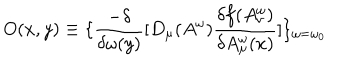
O ( x , y ) \equiv \{ \frac { - \delta } { \delta \omega ( y ) } [ D _ { \mu } ( A ^ { \omega } ) \frac { \delta f ( A _ { \nu } ^ { \omega } ) } { \delta A _ { \mu } ^ { \omega } ( x ) } ] \} _ { \omega = \omega _ { 0 } }